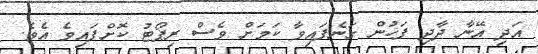
އަދި އޭނާ ދާދި ފަހުން ގަނެފައިވާ ކަމަށް ވެސް ރިޕޯޓު ކޮށްފައިވެ އެވެ.